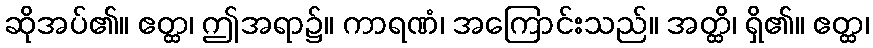
ဆိုအပ်၏။ ဧတ္ထ၊ ဤအရာ၌။ ကာရဏံ၊ အကြောင်းသည်။ အတ္ထိ၊ ရှိ၏။ ဧတ္ထ၊